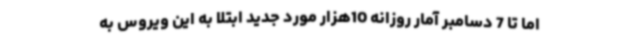
اما تا 7 دسامبر آمار روزانه 10هزار مورد جدید ابتلا به این ویروس به